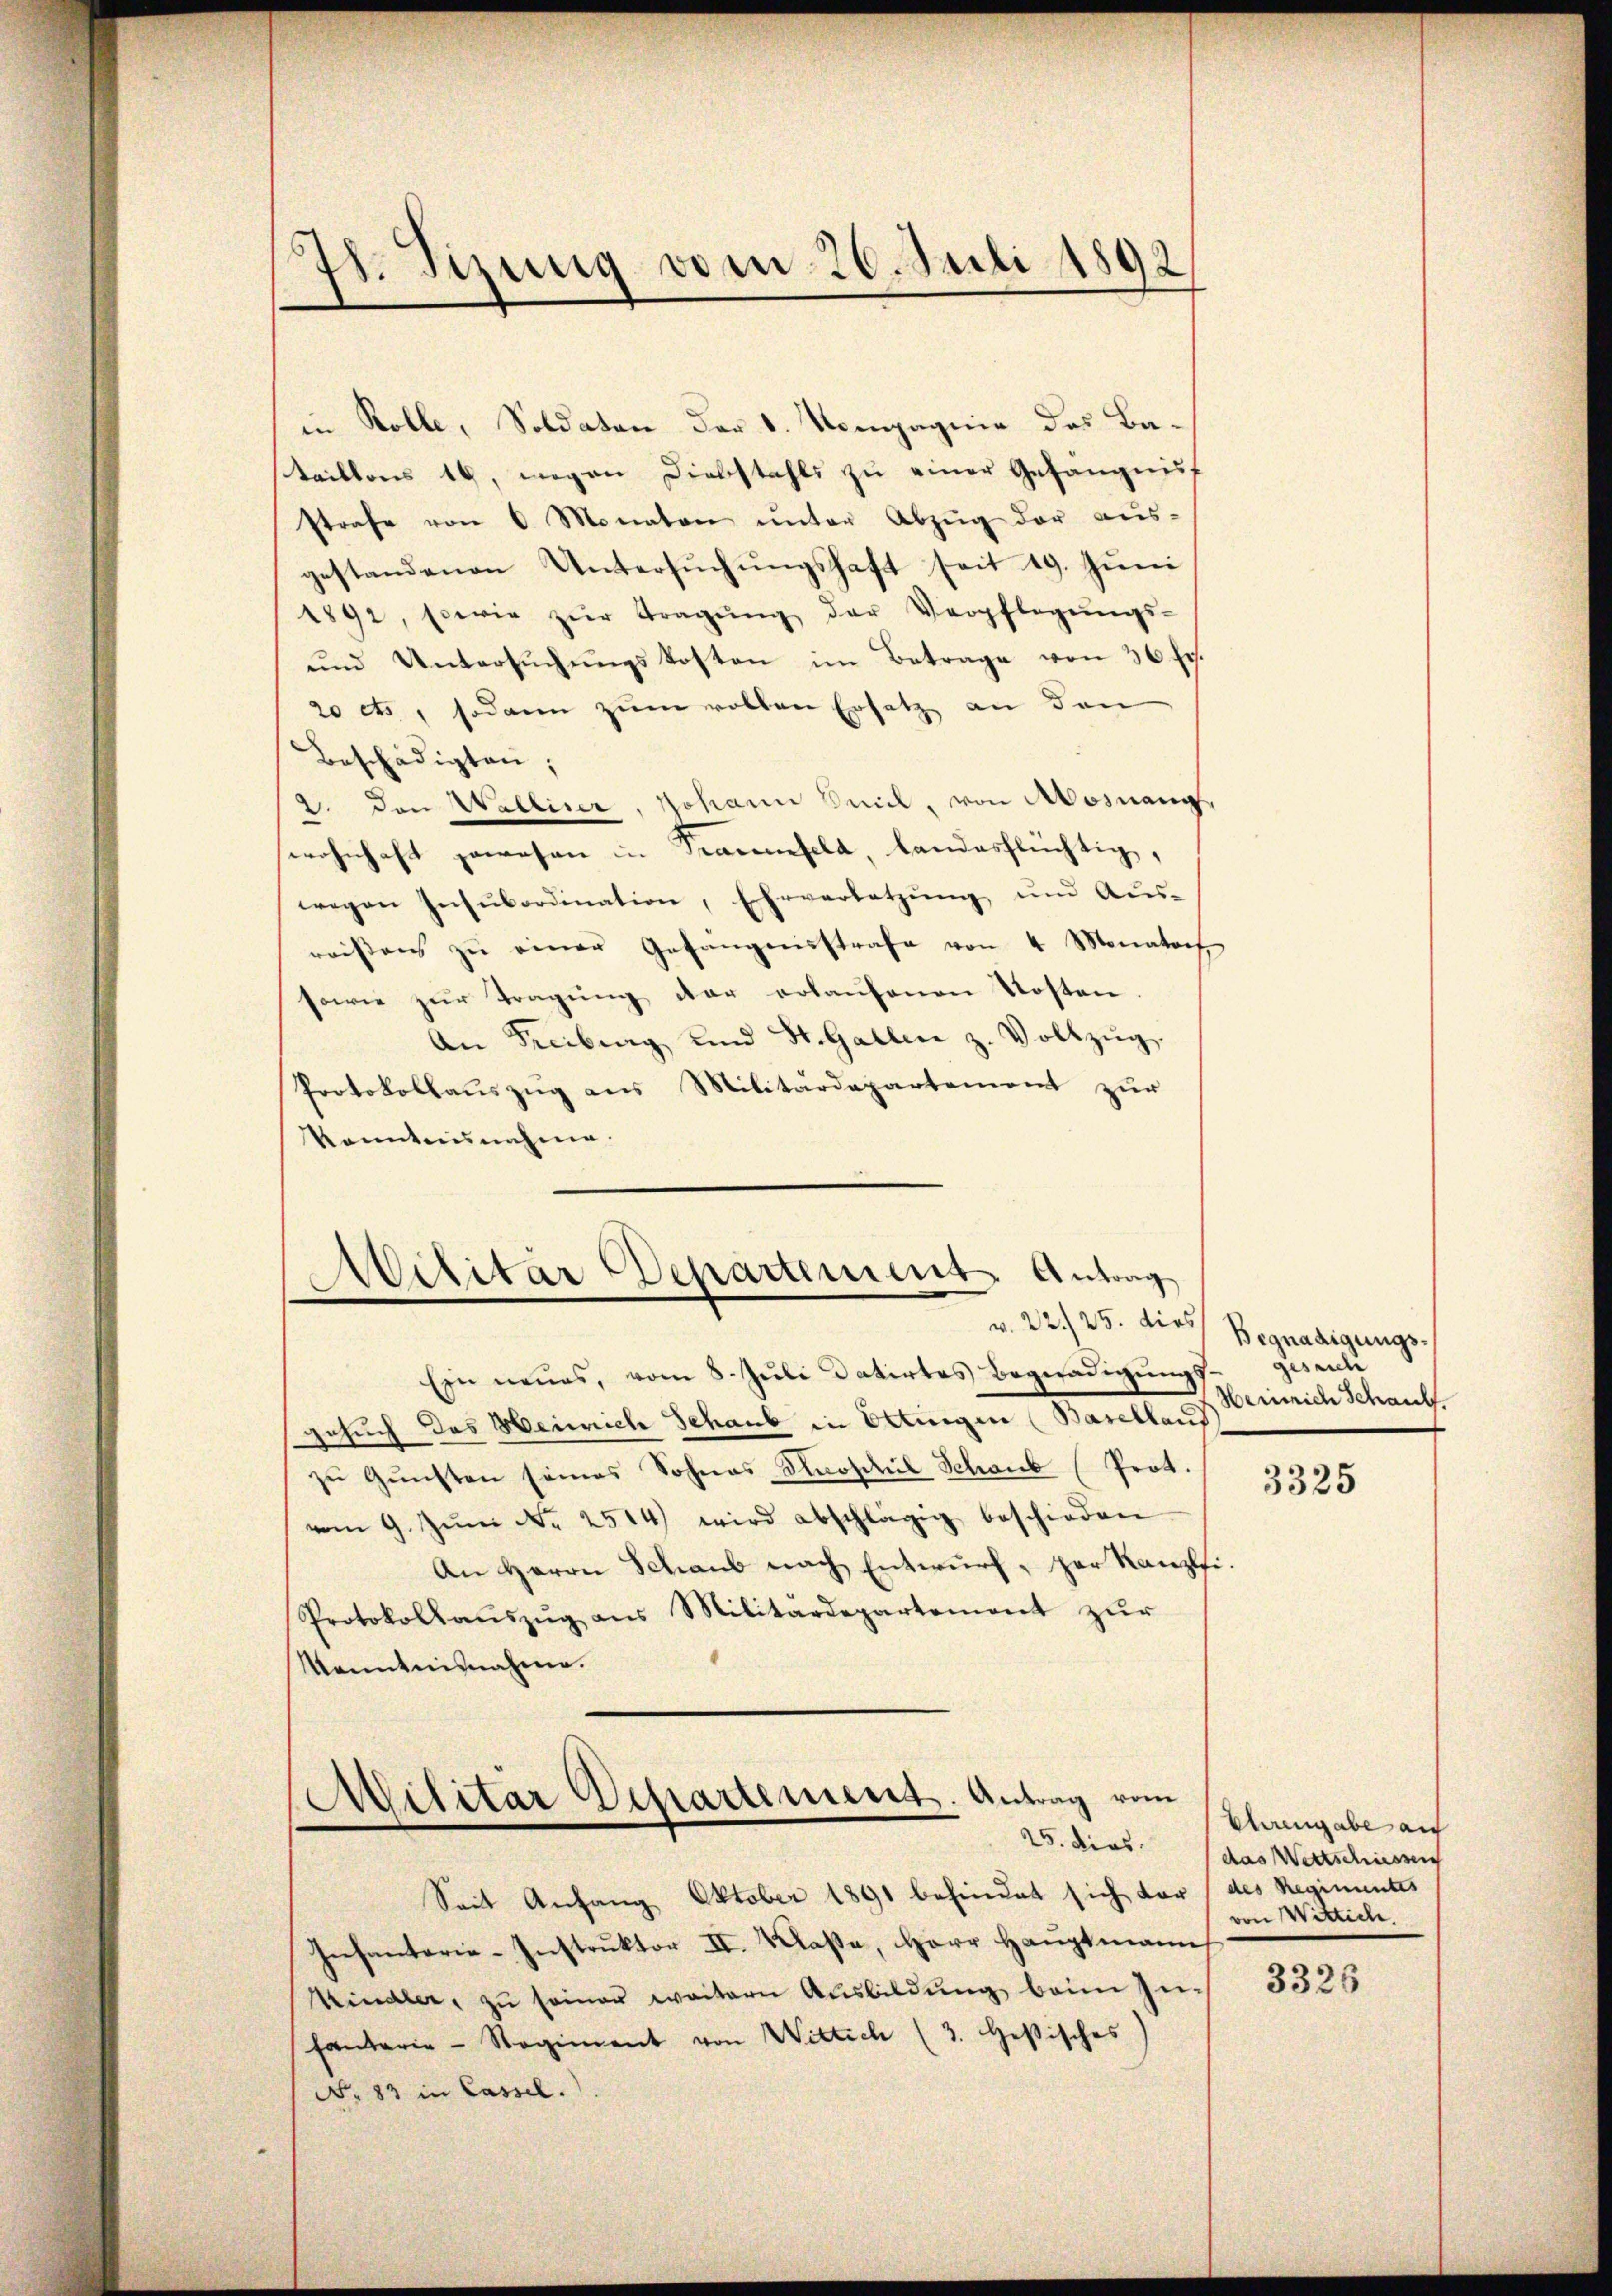
78. Sizung vom 26. Juli 1892

in Rolle, Soldaten der S. Kompagnie des Bataillons 16, wegen Diebstahls zŭ einer Gefängnis
strafe von 6 Monaten ŭnter Abzŭg der aus-
gestandenen Untersŭchŭngshaft seit 19. Jŭni
1892, sowie zŭr Tragŭng der Verpflegŭngs-
und Untersŭchŭngskosten im Betrage von 36 Fr.
20 cts, sodann zum vollen Ersatz an den
Beschädigten;
2. Den Walliser, Johann Seil, von Mosnang
wohnhaft gewesen in Frauenfeld, landesflüchtig,
wegen Insubordination, Ehrverletzung und Aus-
reisen zŭ einer Gefangensstrafe von 4 Monatoch
sowie zŭr Tragŭng der erlaŭfenen Kosten.
An Freibung und St. Gallen z. Vollzŭg.
Protokollauszug aus Militärdepartement zur
konntensnahme.

Militar Departement Antrag

Ein neues, vom 8. Juli datirtes Begnadigungs- gesuch
Gesuch des Heinrich Schaub in Ettingen (Baselland
zu Gunsten seines Sohnes Droschil Schaub (Prot.
vom 9. Jŭni Nr. 2514) wird abschlägig beschieden
An Herrn Schaub nach Entwurf, per Kanzlei.
Protokollaŭszŭg ans Militärdepartement zŭr
kanntnisnahme.
Militar Departement. Antrag vom
Seit Anfang Oktober 1891 befindet sich vor des Regimentes
Infanterie-Instruktor II. Klaße, Herr Hauptmann
Kindler, zu seiner weitern Ausbildung beim Zufanterie-Regiment von Wittich (3. Gesisches
No. 83 in Cassel.

v. 22. 25. dies Begnadigungs¬
Heinrich Schaul

3325

Ehrengabe au
25. ders (das Wertschienech
von Wittich.

3325